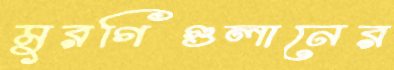
মুরগিগুলানের